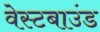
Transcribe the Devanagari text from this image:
वेस्टबाउंड